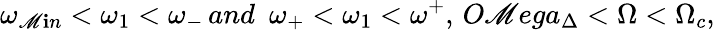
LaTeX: \omega_{\mathscr{M}\mathbf{i}n}<\omega_{1}<\omega_{-}\, and\ \ \omega_{+}<\omega_{1}<\omega^{+},\, O\mathscr{M}ega_{\Delta}<\Omega<\Omega_{c},